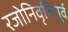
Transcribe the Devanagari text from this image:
रजोनिवृत्तिपूर्व